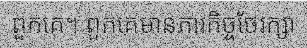
ពួកគេ។ ពួកគេមានភារកិច្ចថែរក្សា